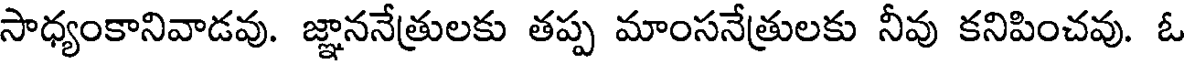
సాధ్యంకానివాడవు. జ్ఞాననేత్రులకు తప్ప మాంసనేత్రులకు నీవు కనిపించవు. ఓ